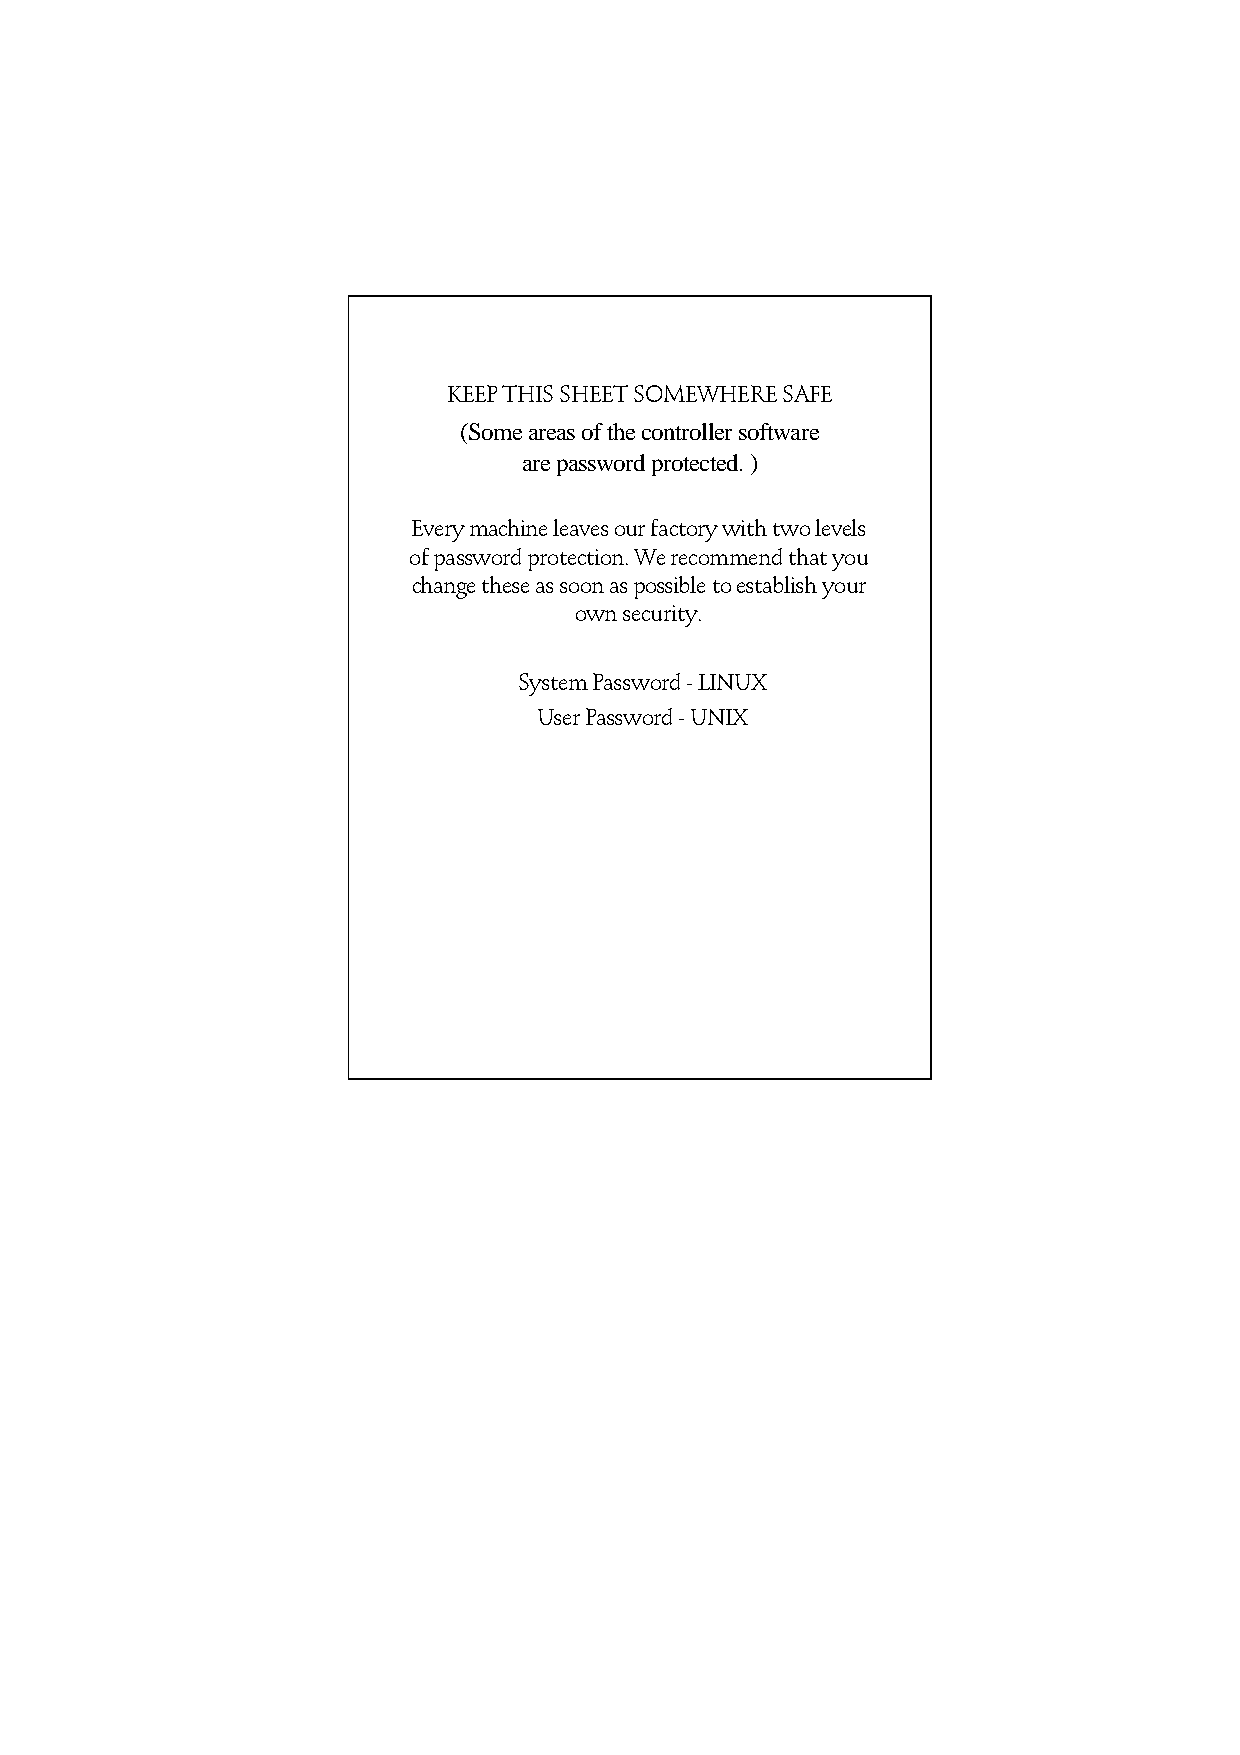
KEEP THIS SHEET SOMEWHERE SAFE
 (Some areas of the controller software
 are password protected. )
 Every machine leaves our factory with two levels
 of password protection. We recommend that you
 change these as soon as possible to establish your
 own security.
 System Password - LINUX
 User Password - UNIX